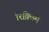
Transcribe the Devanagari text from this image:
रिक़्विम